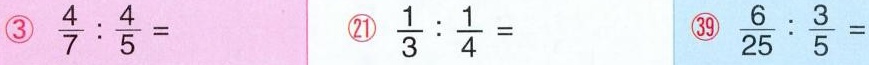
③ $$\frac{ 4 } { 7 } : \frac { 4 } { 5 } =$$ ㉑ $$\frac { 1 } { 3 } : \frac { 1 } { 4 } =$$ ㊴ $$\frac { 6 } { 2 5 } : \frac { 3 } { 5 } =$$